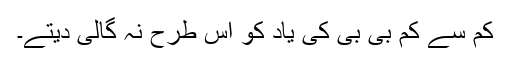
کم سے کم بی بی کی یاد کو اس طرح نہ گالی دیتے۔